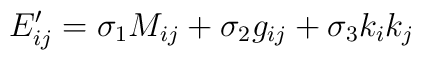
E^{\prime}_{ij}=\sigma_{1}M_{ij}+\sigma_{2}g_{ij}+\sigma_{3}k_{i}k_{j}